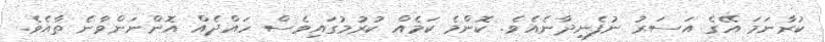
ކުރާނަމަ އޭގެ އަސަރު ނުފެނިދާނެއެވެ. ކޮންމެ ކަމެއް ކުރުމުގައިވެސް ހައްދެއް އޮންނަންވާނެ ތާއެވެ.